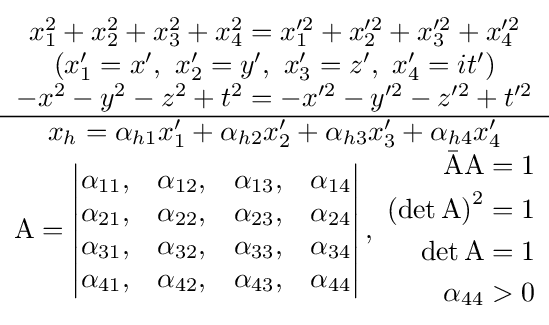
{\begin{matrix}x_{1}^{2}+x_{2}^{2}+x_{3}^{2}+x_{4}^{2}=x_{1}^{\prime 2}+x_{2}^{\prime 2}+x_{3}^{\prime 2}+x_{4}^{\prime 2}\\\left(x_{1}^{\prime }=x',\ x_{2}^{\prime }=y',\ x_{3}^{\prime }=z',\ x_{4}^{\prime }=it'\right)\\-x^{2}-y^{2}-z^{2}+t^{2}=-x^{\prime 2}-y^{\prime 2}-z^{\prime 2}+t^{\prime 2}\\\hline x_{h}=\alpha _{h1}x_{1}^{\prime }+\alpha _{h2}x_{2}^{\prime }+\alpha _{h3}x_{3}^{\prime }+\alpha _{h4}x_{4}^{\prime }\\\mathrm {A} =\mathrm {\left|{\begin{matrix}\alpha _{11},&\alpha _{12},&\alpha _{13},&\alpha _{14}\\\alpha _{21},&\alpha _{22},&\alpha _{23},&\alpha _{24}\\\alpha _{31},&\alpha _{32},&\alpha _{33},&\alpha _{34}\\\alpha _{41},&\alpha _{42},&\alpha _{43},&\alpha _{44}\end{matrix}}\right|,\ {\begin{aligned}{\bar {\mathrm {A} }}\mathrm {A} &=1\\\left(\det \mathrm {A} \right)^{2}&=1\\\det \mathrm {A} &=1\\\alpha _{44}&>0\end{aligned}}} \end{matrix}}